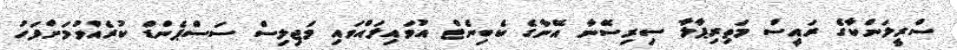
ސްރީލަންކާގެ ރައީސް މަތިރިޕާލާ ސިރިސޭނާ އޭނާގެ ކެބިނެޓް އުވައިލައްވައި މަޖިލިސް ސަސްޕެންޑް ކުރެއްވުމަށްފަހު